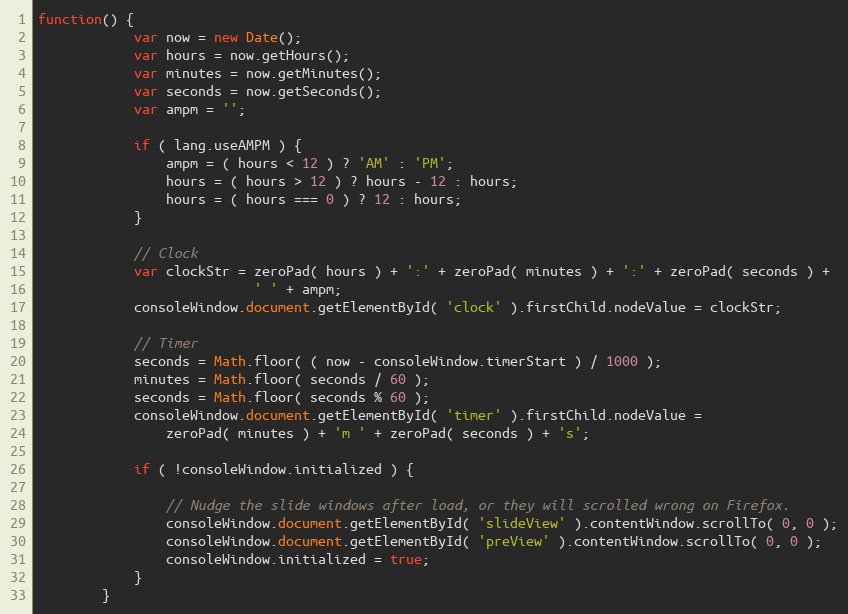
Language: JavaScript
function() {
            var now = new Date();
            var hours = now.getHours();
            var minutes = now.getMinutes();
            var seconds = now.getSeconds();
            var ampm = '';

            if ( lang.useAMPM ) {
                ampm = ( hours < 12 ) ? 'AM' : 'PM';
                hours = ( hours > 12 ) ? hours - 12 : hours;
                hours = ( hours === 0 ) ? 12 : hours;
            }

            // Clock
            var clockStr = zeroPad( hours ) + ':' + zeroPad( minutes ) + ':' + zeroPad( seconds ) +
                           ' ' + ampm;
            consoleWindow.document.getElementById( 'clock' ).firstChild.nodeValue = clockStr;

            // Timer
            seconds = Math.floor( ( now - consoleWindow.timerStart ) / 1000 );
            minutes = Math.floor( seconds / 60 );
            seconds = Math.floor( seconds % 60 );
            consoleWindow.document.getElementById( 'timer' ).firstChild.nodeValue =
                zeroPad( minutes ) + 'm ' + zeroPad( seconds ) + 's';

            if ( !consoleWindow.initialized ) {

                // Nudge the slide windows after load, or they will scrolled wrong on Firefox.
                consoleWindow.document.getElementById( 'slideView' ).contentWindow.scrollTo( 0, 0 );
                consoleWindow.document.getElementById( 'preView' ).contentWindow.scrollTo( 0, 0 );
                consoleWindow.initialized = true;
            }
        }